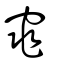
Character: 窕